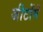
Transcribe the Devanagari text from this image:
जीटोंमें